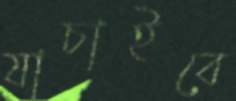
যাচাইবে